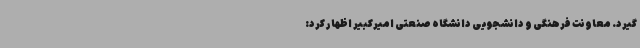
گیرد. معاونت فرهنگی و دانشجویی دانشگاه صنعتی امیرکبیر اظهار کرد: